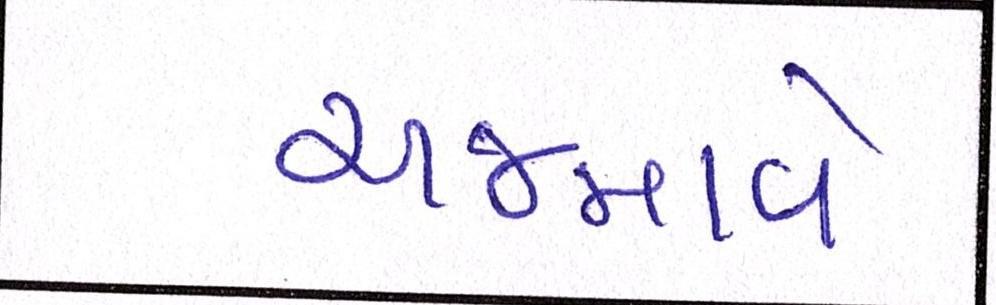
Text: અજમાવે